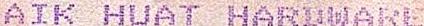
AIK HUAT HARDWARE